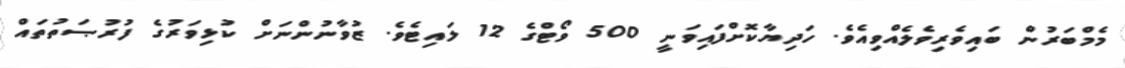
މެމްބަރުން ބައިވެރިވެލެއްވިއެވެ. ހަދިޔާކޮށްފައިވަނީ 500 ވޯޓްގެ 12 ލައިޓެވެ. ޒުވާނުންނަށް ކުޅިވަރުގެ ފުރުޞަތުތައް